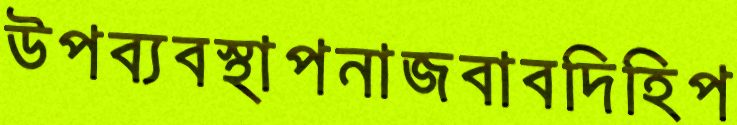
উপব্যবস্থাপনাজবাবদিহিপ